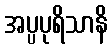
အပ္ပပုရိသာနိ